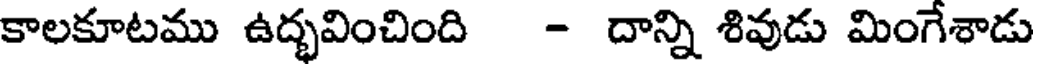
కాలకూటము ఉద్భవించింది - దాన్ని శివుడు మింగేశాడు